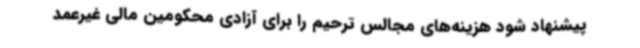
پیشنهاد شود هزینه‌های مجالس ترحیم را برای آزادی محکومین مالی غیرعمد